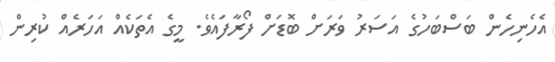
އެހެނިހެން ބަސްބަހުގެ އަސަރު ވަރަށް ބޮޑަށް ފޯރާފައެވެ. މީގެ އެތަކެއް އަހަރެއް ކުރިން